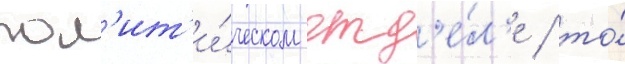
пол'ит'и́ческом отд'е́л'е / то́